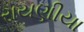
રાયણીયા